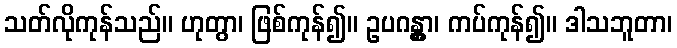
သတ်လိုကုန်သည်။ ဟုတွာ၊ ဖြစ်ကုန်၍။ ဥပဂန္တွာ၊ ကပ်ကုန်၍။ ဒါသဘူတာ၊